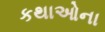
કથાઓના